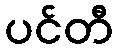
ပင်တီ